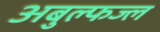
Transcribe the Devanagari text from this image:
अबुल्फज्ल